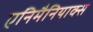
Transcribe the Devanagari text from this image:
एनिमैनियाक्स